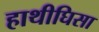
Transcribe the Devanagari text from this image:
हाथीघिसा